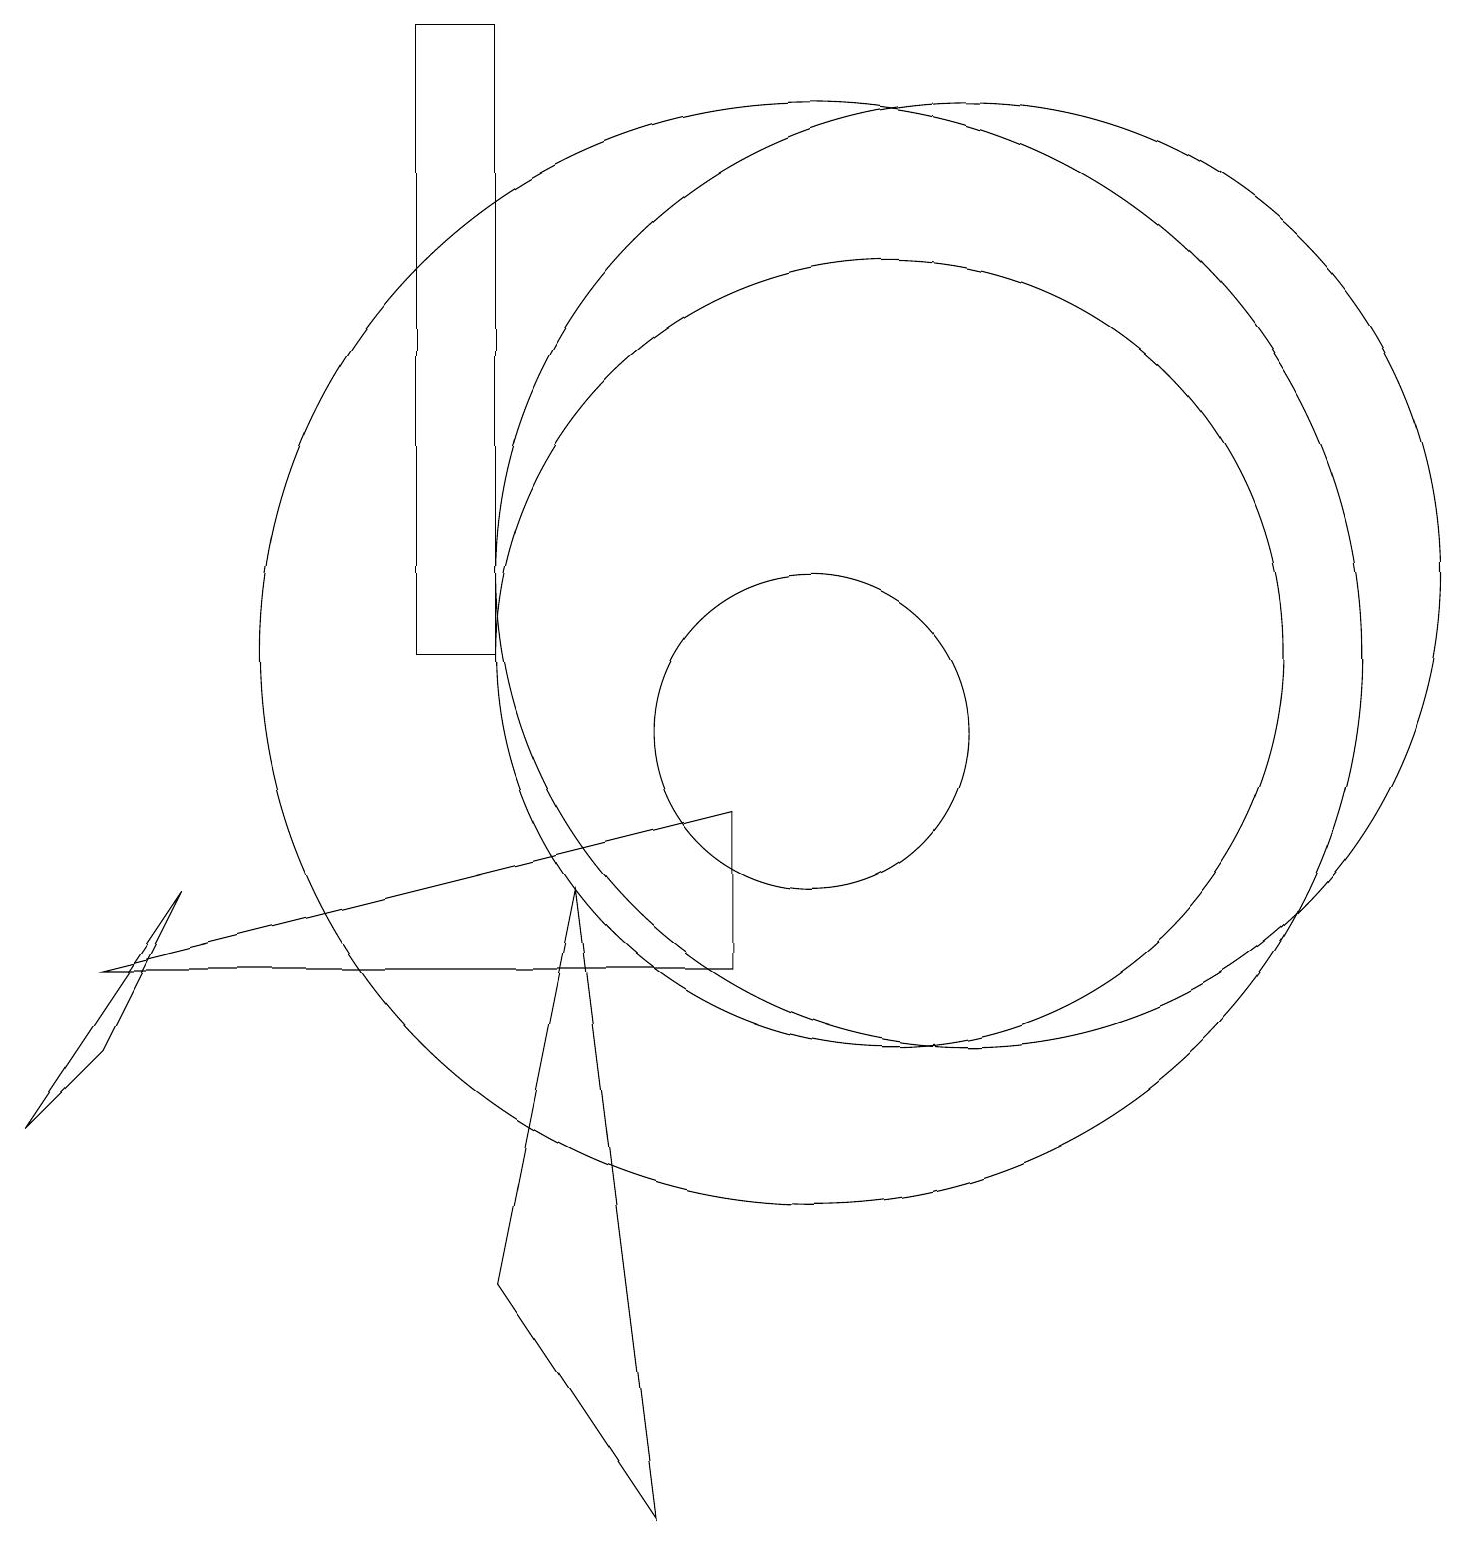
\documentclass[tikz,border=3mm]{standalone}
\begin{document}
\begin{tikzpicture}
\draw (11,11) circle (5);
\draw (1,7) -- (9,7) -- (9,9) -- cycle;
\draw (6,11) rectangle (5,19);
\draw (6,3) -- (8,0) -- (7,8) -- cycle;
\draw (1,6) -- (2,8) -- (0,5) -- cycle;
\draw (12,12) circle (6);
\draw (10,11) circle (7);
\draw (10,10) circle (2);
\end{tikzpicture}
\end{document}